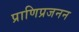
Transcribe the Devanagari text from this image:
प्राणिप्रजनन